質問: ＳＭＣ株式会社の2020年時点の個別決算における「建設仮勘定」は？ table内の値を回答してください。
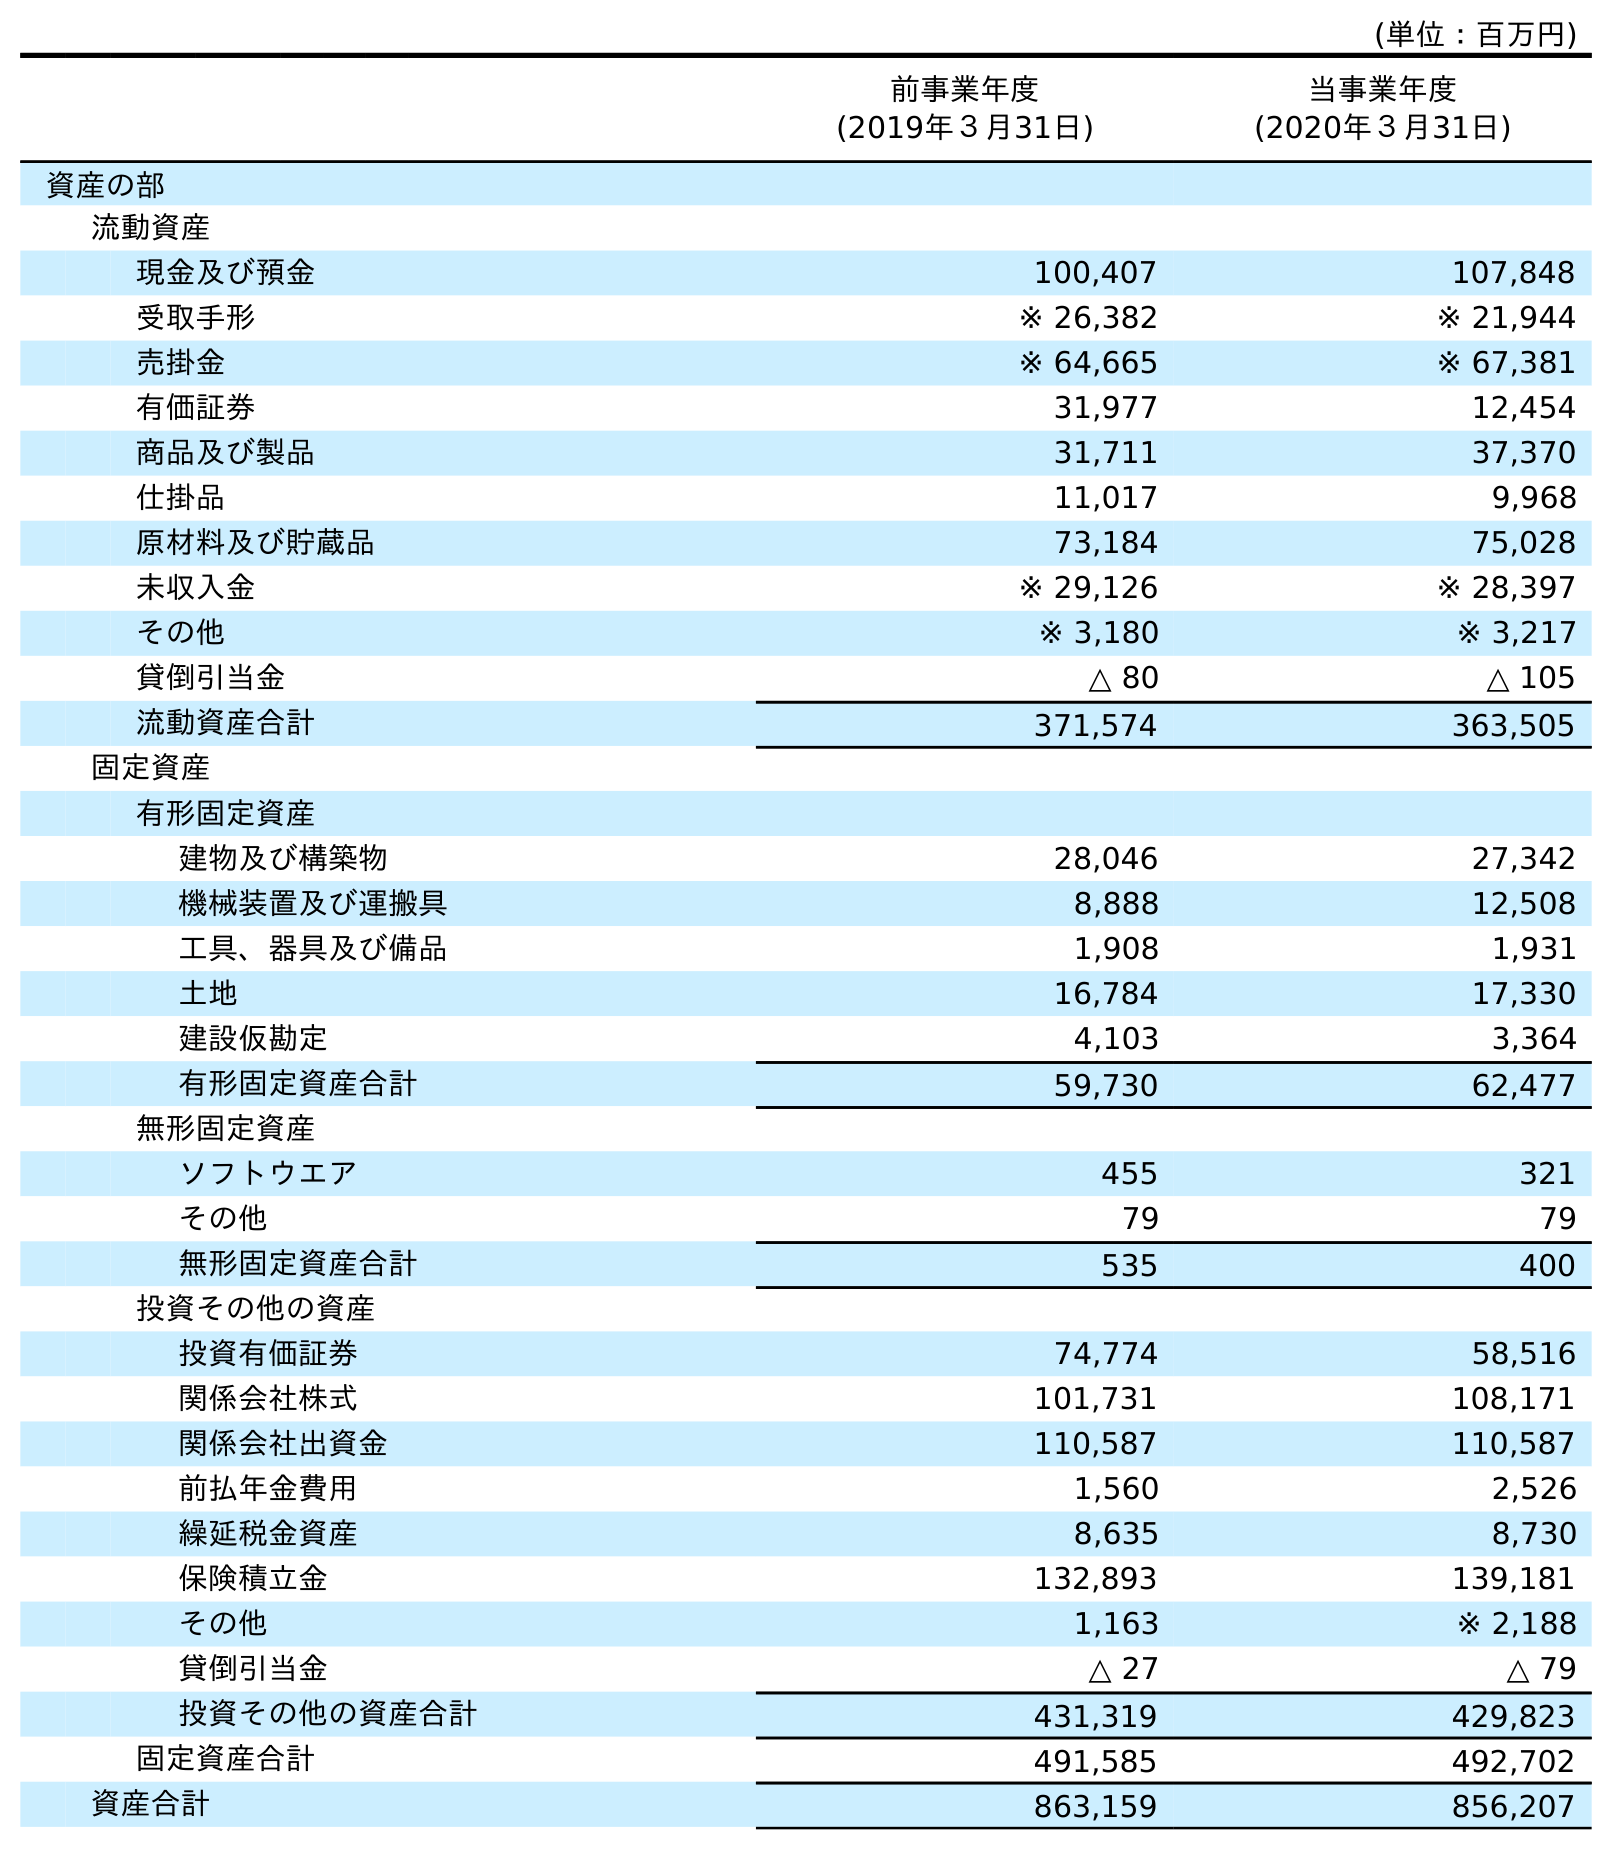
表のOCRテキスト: (単位：百万円) 前事業年度 (2019年３月31日) 当事業年度 (2020年３月31日) 資産の部 流動資産 現金及び預金 100,407 107,848 受取手形 ※ 26,382 ※ 21,944 売掛金 ※ 64,665 ※ 67,381 有価証券 31,977 12,454 商品及び製品 31,711 37,370 仕掛品 11,017 9,968 原材料及び貯蔵品 73,184 75,028 未収入金 ※ 29,126 ※ 28,397 その他 ※ 3,180 ※ 3,217 貸倒引当金 △ 80 △ 105 流動資産合計 371,574 363,505 固定資産 有形固定資産 建物及び構築物 28,046 27,342 機械装置及び運搬具 8,888 12,508 工具、器具及び備品 1,908 1,931 土地 16,784 17,330 建設仮勘定 4,103 3,364 有形固定資産合計 59,730 62,477 無形固定資産 ソフトウエア 455 321 その他 79 79 無形固定資産合計 535 400 投資その他の資産 投資有価証券 74,774 58,516 関係会社株式 101,731 108,171 関係会社出資金 110,587 110,587 前払年金費用 1,560 2,526 繰延税金資産 8,635 8,730 保険積立金 132,893 139,181 その他 1,163 ※ 2,188 貸倒引当金 △ 27 △ 79 投資その他の資産合計 431,319 429,823 固定資産合計 491,585 492,702 資産合計 863,159 856,207
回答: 3,364